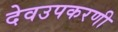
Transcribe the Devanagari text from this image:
देवउपकरणी